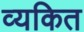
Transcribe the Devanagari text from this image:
व्‍यकित